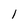
Character: 1